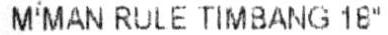
M'MAN RULE TIMBANG 18"